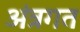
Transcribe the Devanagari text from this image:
अंत्रगत